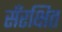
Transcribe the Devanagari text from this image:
सँरक्षित